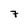
Character: 7